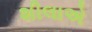
શીલાએ